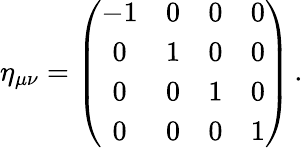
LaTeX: \eta_{\mu\nu}=\left(\begin{array}{cccc}{{-1}}&{{0}}&{{0}}&{{0}}\\ {{0}}&{{1}}&{{0}}&{{0}}\\ {{0}}&{{0}}&{{1}}&{{0}}\\ {{0}}&{{0}}&{{0}}&{{1}}\end{array}\right)\, .